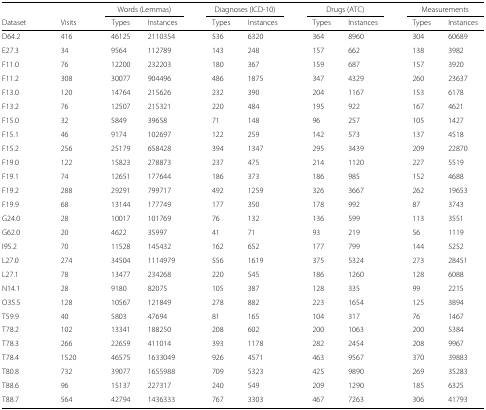
<table><thead><tr><td></td><td></td><td></td><td></td><td colspan="2"><b>Words (Lemmas)</b></td><td></td><td colspan="2"><b>Diagnoses (ICD-10)</b></td><td></td><td colspan="2"><b>Drugs (ATC)</b></td><td></td><td colspan="2"><b>Measurements</b></td></tr><tr><td><b>Dataset</b></td><td></td><td><b>Visits</b></td><td></td><td><b>Types</b></td><td><b>Instances</b></td><td></td><td><b>Types</b></td><td><b>Instances</b></td><td></td><td><b>Types</b></td><td><b>Instances</b></td><td></td><td><b>Types</b></td><td><b>Instances</b></td></tr></thead><tbody><tr><td>D64.2</td><td></td><td>416</td><td></td><td>46125</td><td>2110354</td><td></td><td>536</td><td>6320</td><td></td><td>364</td><td>8960</td><td></td><td>304</td><td>60689</td></tr><tr><td>E27.3</td><td></td><td>34</td><td></td><td>9564</td><td>112789</td><td></td><td>143</td><td>248</td><td></td><td>157</td><td>662</td><td></td><td>138</td><td>3982</td></tr><tr><td>F11.0</td><td></td><td>76</td><td></td><td>12200</td><td>232203</td><td></td><td>180</td><td>367</td><td></td><td>159</td><td>687</td><td></td><td>157</td><td>3920</td></tr><tr><td>F11.2</td><td></td><td>308</td><td></td><td>30077</td><td>904496</td><td></td><td>486</td><td>1875</td><td></td><td>347</td><td>4329</td><td></td><td>260</td><td>23637</td></tr><tr><td>F13.0</td><td></td><td>120</td><td></td><td>14764</td><td>215626</td><td></td><td>232</td><td>390</td><td></td><td>204</td><td>1167</td><td></td><td>153</td><td>6178</td></tr><tr><td>F13.2</td><td></td><td>76</td><td></td><td>12507</td><td>215321</td><td></td><td>220</td><td>484</td><td></td><td>195</td><td>922</td><td></td><td>167</td><td>4621</td></tr><tr><td>F15.0</td><td></td><td>32</td><td></td><td>5849</td><td>39658</td><td></td><td>71</td><td>148</td><td></td><td>96</td><td>257</td><td></td><td>105</td><td>1427</td></tr><tr><td>F15.1</td><td></td><td>46</td><td></td><td>9174</td><td>102697</td><td></td><td>122</td><td>259</td><td></td><td>142</td><td>573</td><td></td><td>137</td><td>4518</td></tr><tr><td>F15.2</td><td></td><td>256</td><td></td><td>25179</td><td>658428</td><td></td><td>394</td><td>1347</td><td></td><td>295</td><td>3439</td><td></td><td>209</td><td>22870</td></tr><tr><td>F19.0</td><td></td><td>122</td><td></td><td>15823</td><td>278873</td><td></td><td>237</td><td>475</td><td></td><td>214</td><td>1120</td><td></td><td>227</td><td>5519</td></tr><tr><td>F19.1</td><td></td><td>74</td><td></td><td>12651</td><td>177644</td><td></td><td>186</td><td>373</td><td></td><td>186</td><td>985</td><td></td><td>152</td><td>4688</td></tr><tr><td>F19.2</td><td></td><td>288</td><td></td><td>29291</td><td>799717</td><td></td><td>492</td><td>1259</td><td></td><td>326</td><td>3667</td><td></td><td>262</td><td>19653</td></tr><tr><td>F19.9</td><td></td><td>68</td><td></td><td>13144</td><td>177749</td><td></td><td>177</td><td>350</td><td></td><td>178</td><td>992</td><td></td><td>87</td><td>3743</td></tr><tr><td>G24.0</td><td></td><td>28</td><td></td><td>10017</td><td>101769</td><td></td><td>76</td><td>132</td><td></td><td>136</td><td>599</td><td></td><td>113</td><td>3551</td></tr><tr><td>G62.0</td><td></td><td>20</td><td></td><td>4622</td><td>35997</td><td></td><td>41</td><td>71</td><td></td><td>93</td><td>219</td><td></td><td>56</td><td>1119</td></tr><tr><td>I95.2</td><td></td><td>70</td><td></td><td>11528</td><td>145432</td><td></td><td>162</td><td>652</td><td></td><td>177</td><td>799</td><td></td><td>144</td><td>5252</td></tr><tr><td>L27.0</td><td></td><td>274</td><td></td><td>34504</td><td>1114979</td><td></td><td>556</td><td>1619</td><td></td><td>375</td><td>5324</td><td></td><td>273</td><td>28451</td></tr><tr><td>L27.1</td><td></td><td>78</td><td></td><td>13477</td><td>234268</td><td></td><td>220</td><td>545</td><td></td><td>186</td><td>1260</td><td></td><td>128</td><td>6088</td></tr><tr><td>N14.1</td><td></td><td>28</td><td></td><td>9180</td><td>82075</td><td></td><td>105</td><td>387</td><td></td><td>128</td><td>335</td><td></td><td>99</td><td>2215</td></tr><tr><td>O35.5</td><td></td><td>128</td><td></td><td>10567</td><td>121849</td><td></td><td>278</td><td>882</td><td></td><td>223</td><td>1654</td><td></td><td>125</td><td>3894</td></tr><tr><td>T59.9</td><td></td><td>40</td><td></td><td>5803</td><td>47694</td><td></td><td>81</td><td>165</td><td></td><td>104</td><td>317</td><td></td><td>76</td><td>1467</td></tr><tr><td>T78.2</td><td></td><td>102</td><td></td><td>13341</td><td>188250</td><td></td><td>208</td><td>602</td><td></td><td>200</td><td>1063</td><td></td><td>200</td><td>5384</td></tr><tr><td>T78.3</td><td></td><td>266</td><td></td><td>22659</td><td>411014</td><td></td><td>393</td><td>1178</td><td></td><td>282</td><td>2454</td><td></td><td>208</td><td>9967</td></tr><tr><td>T78.4</td><td></td><td>1520</td><td></td><td>46575</td><td>1633049</td><td></td><td>926</td><td>4571</td><td></td><td>463</td><td>9567</td><td></td><td>370</td><td>39883</td></tr><tr><td>T80.8</td><td></td><td>732</td><td></td><td>39077</td><td>1655988</td><td></td><td>709</td><td>5323</td><td></td><td>425</td><td>9890</td><td></td><td>269</td><td>35283</td></tr><tr><td>T88.6</td><td></td><td>96</td><td></td><td>15137</td><td>227317</td><td></td><td>240</td><td>549</td><td></td><td>209</td><td>1290</td><td></td><td>185</td><td>6325</td></tr><tr><td>T88.7</td><td></td><td>564</td><td></td><td>42794</td><td>1436333</td><td></td><td>767</td><td>3303</td><td></td><td>467</td><td>7263</td><td></td><td>306</td><td>41793</td></tr></tbody></table>